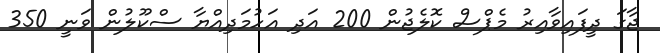
ޖާގަ ދީފައިވާއިރު މެޕްސް ކޮލެޖުން 200 އަދި އަހުމަދިއްޔާ ސްކޫލުން ވަނީ 350